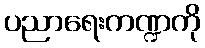
ပညာရေးကဏ္ဍကို